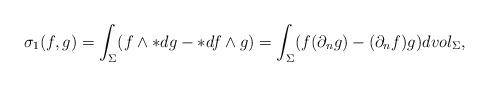
LaTeX: \begin{align*}\sigma_1(f,g)=\int_\Sigma(f\wedge *dg-*df\wedge g) = \int_\Sigma (f (\partial_n g) - (\partial_n f)g)dvol_\Sigma,\end{align*}